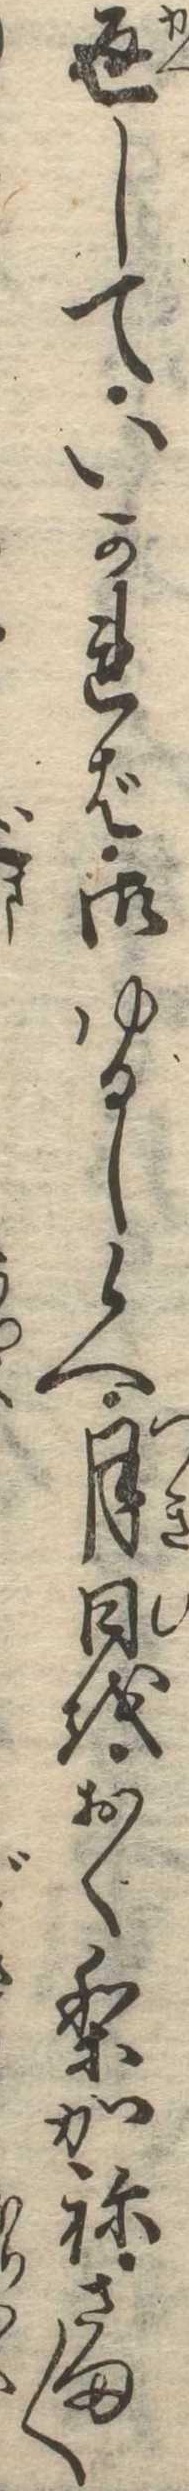
返していかれば御ゆるし候へ月日をおくりかねさま〱